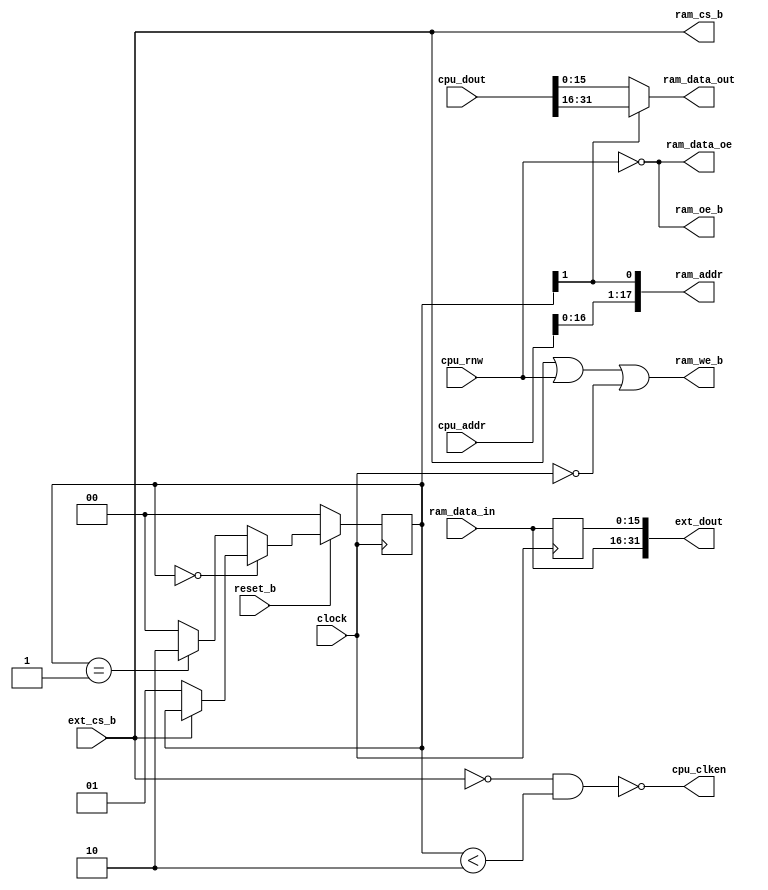
module memory_controller_4
  (
   clock,
   reset_b,
   ext_cs_b,
   cpu_rnw,
   cpu_clken,
   cpu_addr,
   cpu_dout,
   ext_dout,
   ram_cs_b,
   ram_oe_b,
   ram_we_b,
   ram_data_in,
   ram_data_out,
   ram_data_oe,
   ram_addr
   );
   parameter DSIZE        = 32;
   parameter ASIZE        = 20;
   input                 clock;
   input                 reset_b;
   input                 ext_cs_b;
   input                 cpu_rnw;
   output                cpu_clken;
   input [ASIZE-1:0]     cpu_addr;
   input [DSIZE-1:0]     cpu_dout;
   output [DSIZE-1:0]    ext_dout;
   output                ram_cs_b;
   output                ram_oe_b;
   output                ram_we_b;
   output [17:0]         ram_addr;
   input  [15:0]         ram_data_in;
   output [15:0]         ram_data_out;
   output                ram_data_oe;
   wire                  ext_a_lsb;
   reg [15:0]            ram_data_last;
   reg [1:0]             count;
   always @(posedge clock)
     if (!reset_b) begin
       count <= 0;
     end else if (count == 0) begin
       if (!ext_cs_b)
         count <= 1;
     end else if (count == 1) begin
        count <= 2;
     end else begin
       count <= 0;
     end
   assign cpu_clken = !(!ext_cs_b && count < 2);
   assign ext_a_lsb = count[1];
   always @(posedge clock)
     ram_data_last <= ram_data_in;
   assign ext_dout = { ram_data_in, ram_data_last };
   assign ram_addr = {cpu_addr[16:0], ext_a_lsb};
   assign ram_cs_b = ext_cs_b;
   assign ram_oe_b = !cpu_rnw;
   assign ram_we_b = ext_cs_b | cpu_rnw | (!clock);
   assign ram_data_oe = !cpu_rnw;
   assign ram_data_out  = ext_a_lsb == 1 ? cpu_dout[31:16]  :
                                           cpu_dout[15:0]   ;
endmodule